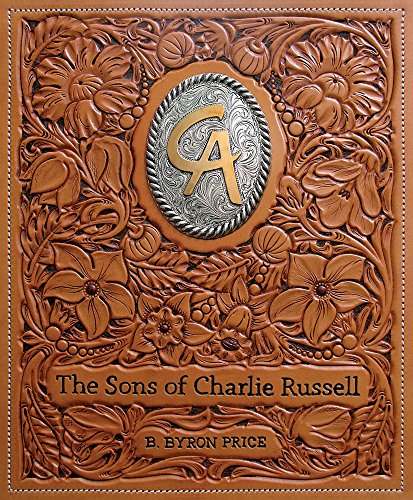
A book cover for The Sons of Charlie Russell: Celebrating Fifty Years of the Cowboy Artists of America; B. Byron Price; Crafts, Hobbies & Home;